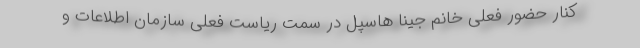
کنار حضور فعلی خانم جینا هاسپل در سمت ریاست فعلی سازمان اطلاعات و